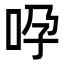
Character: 𠱆